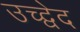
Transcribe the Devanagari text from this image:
उच्द्वेद